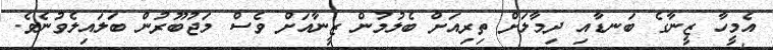
އެމީހާ ޒީނާގެ ބަނޑާއި ދިމާލަށް ތިރިއަށް ބެލުމުން ޒީނާއަށް ވެސް މަޖުބޫރުން ބަަލައިލެވުނެވެ.